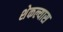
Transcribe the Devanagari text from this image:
शेकल्यास